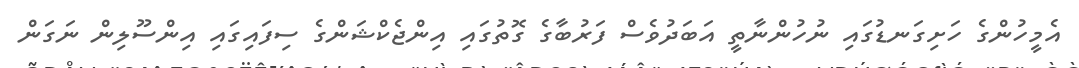
އެމީހުންގެ ހަށިގަނޑުގައި ނުހުންނާތީ އަބަދުވެސް ފަރުބާގެ ގޮތުގައި އިންޖެކްޝަންގެ ސިފައިގައި އިންސޫލިން ނަގަން